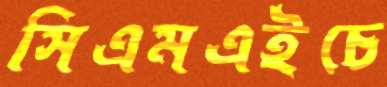
সিএমএইচে